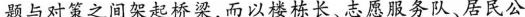
题与对策之间架起桥梁,而以楼栋长、志愿服务队、居民公